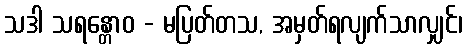
သဒါ သရန္တောဝ - မပြတ်တသ, အမှတ်ရလျက်သာလျှင်၊